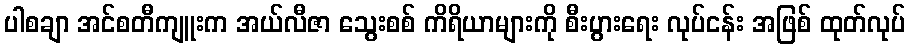
ပါစချာ အင်စတီကျူးက အယ်လီဇာ သွေးစစ် ကိရိယာများကို စီးပွားရေး လုပ်ငန်း အဖြစ် ထုတ်လုပ်